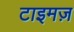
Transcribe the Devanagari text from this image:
टाइमज़